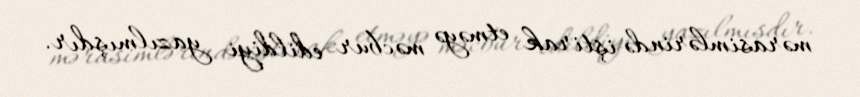
mərasimlərində iştirak etməyə məcbur edildiyi yazılmışdır.